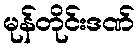
မုန်တိုင်းဒဏ်